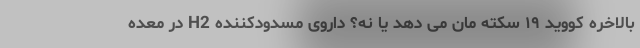
بالاخره کووید ۱۹ سکته مان می دهد یا نه؟ داروی مسدودکننده H2 در معده